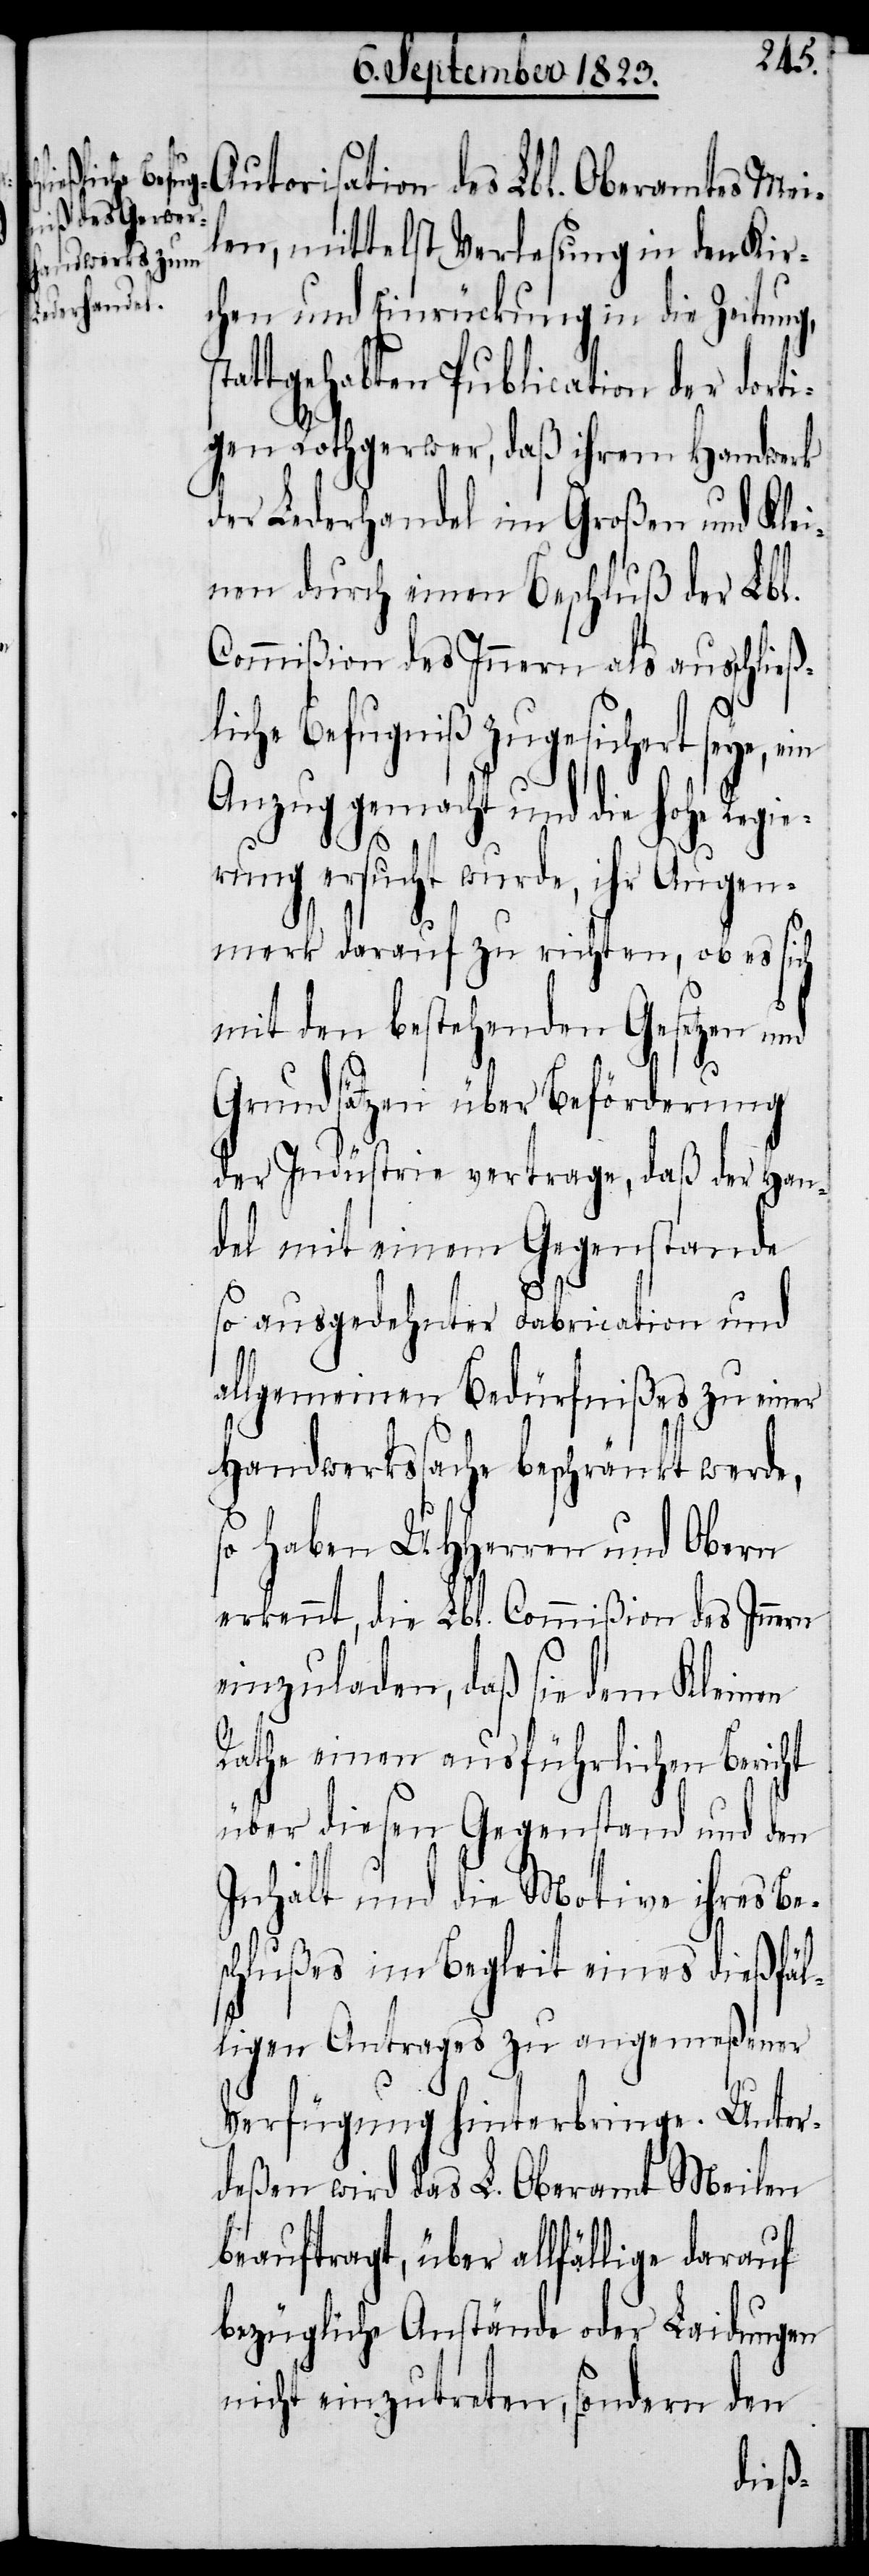
Regie¬

st¬
Autorisation des Lbl. Oberamtes Mei¬
len, mittelst Verlesung in den Kir¬
chen und Einrückung in die Zeitung,
attgehabten Publication der dorti¬
gen Rothgerwer, daß ihrem Handwerk
der Lederhandel im Großen und Klei¬
nen durch einen Beschluß der Lbl.
Commißion des Innern als ausschließ¬
liche Befugniß zugesichert seye,
Anzug gemacht und die hohe
rung ersucht wurde, ihr Augen¬
merk darauf zu richten, ob es sich
mit den bestehenden Gesetzen und
Grundsätzen über Beförderung
der Indüstrie vertrage, daß der Han¬
del mit einem Gegenstande
so ausgedehnter Fabrication und
allgmeinen Bedürfnißes zu einer
Handwerkssache beschränkt werde,
haben UHHerren und Obern
erkennt, die Lbl. Commißion des Innern
einzuladen, daß sie dem Kleinen
Rathe einen ausführlichen Bericht
über diesen Gegenstand und den
Inhalt und die Motive ihres Be¬
schlußes im Begleit eines dießfäl¬
ligen Antrages zu angemeßener
Verfügung hinterbringe. Unter¬
deßen wird das L. Oberamt Meilen
beauftragt, über allfällige darauf
bezügliche Anstände oder Laidungen
nicht einzutreten, sondern den